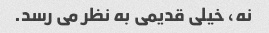
نه، خیلی قدیمی به نظر می رسد.